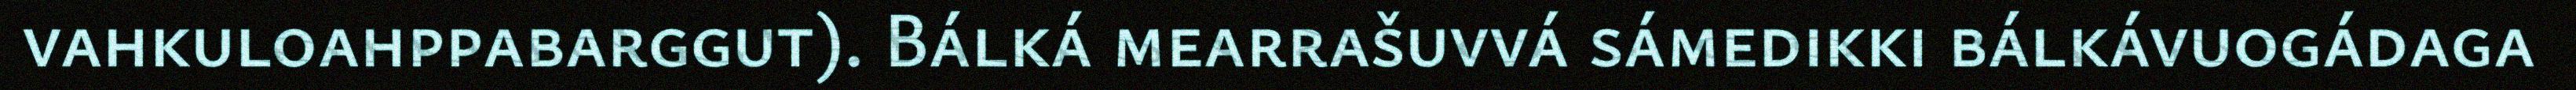
vahkuloahppabarggut). Bálká mearrašuvvá sámedikki bálkávuogádaga